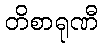
တိစာရုဏီ